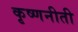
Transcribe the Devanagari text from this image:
कृष्णनीती